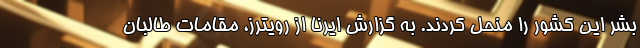
بشر این کشور را منحل کردند. به گزارش ایرنا از رویترز، مقامات طالبان